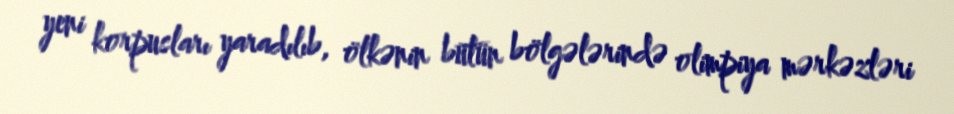
yeni korpusları yaradılıb, ölkənin bütün bölgələrində olimpiya mərkəzləri